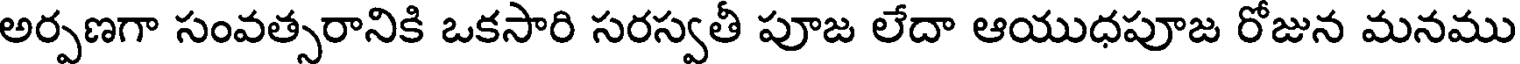
అర్పణగా సంవత్సరానికి ఒకసారి సరస్వతీ పూజ లేదా ఆయుధపూజ రోజున మనము